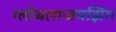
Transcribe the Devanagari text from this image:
ग्लोबलाजयझिंग